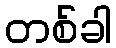
တစ်ခါ